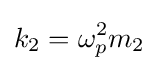
k_{2}=\omega _{p}^{2}m_{2}